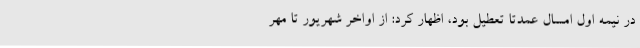
در نیمه اول امسال عمدتا تعطیل بود، اظهار کرد: از اواخر شهریور تا مهر